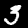
Label: 3